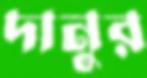
দানুর